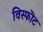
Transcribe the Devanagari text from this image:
विस्फॊट